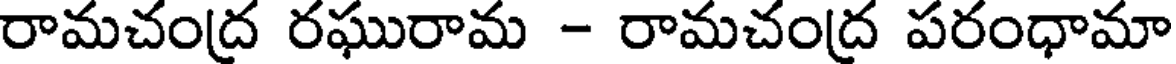
రామచంద్ర రఘురామ - రామచంద్ర పరంధామా